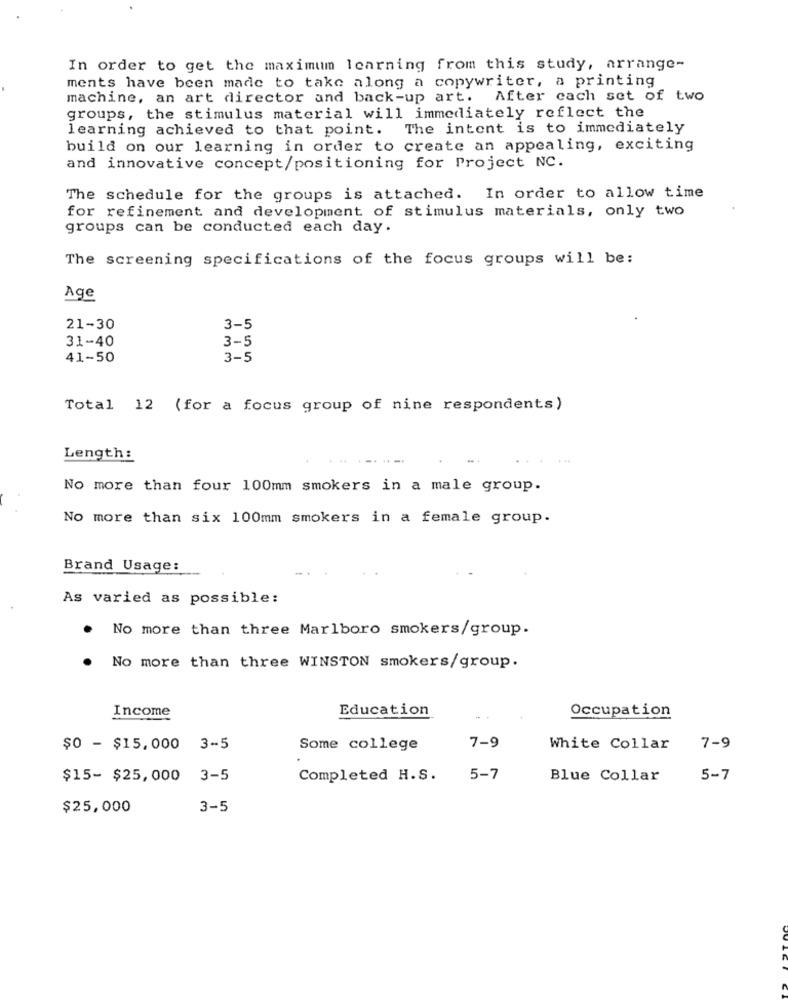
In order to get the maximum learning from this study, arrange-
ments have been made to take along a copywriter, a printing
machine, an art director and back-up art. After cach set of two
groups, the stimulus material will immediately reflect the
learning achieved to that point. The intent is to immediately
build on our learning in order to create an appealing, exciting
and innovative concept/positioning for Project NC.
The schedule for the groups is attached. In order to allow time
for refinement and development of stimulus materials, only two
groups can be conducted each day.
The screening specifications of the focus groups will be:
Age
21-30
3-5
31-40
3-5
41-50
3-5
Total 12 (for a focus group of nine respondents)
Length:
No more than four 100mm smokers in a male group.
No more than six 100mm smokers in a female group.
Brand Usage:
As varied as possible:
. No more than three Marlboro smokers/group.
No more than three WINSTON smokers/group.
Income
Education
Occupation
$0 - $15,000 3-5
Some college
7-9
White Collar
7-9
$15- $25,000
3-5
Completed H.S.
5-7
Blue Collar
5-7
$25,000
3-5